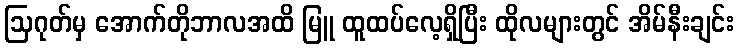
ဩဂုတ်မှ အောက်တိုဘာလအထိ မြူ ထူထပ်လေ့ရှိပြီး ထိုလများတွင် အိမ်နီးချင်း